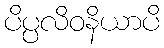
ပိပ္ပလိဝနိယာပိ